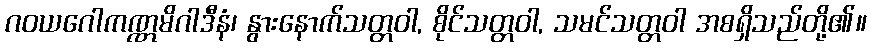
ဂဝယဂေါကဏ္ဏမိဂါဒီနံ၊ နွားနောက်သတ္တဝါ, စိုင်သတ္တဝါ, သမင်သတ္တဝါ အစရှိသည်တို့၏။